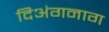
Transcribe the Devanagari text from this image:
दिअंगनाग